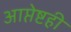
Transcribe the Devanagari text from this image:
आप्तेष्टही